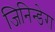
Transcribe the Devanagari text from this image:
जिनिन्डेरा